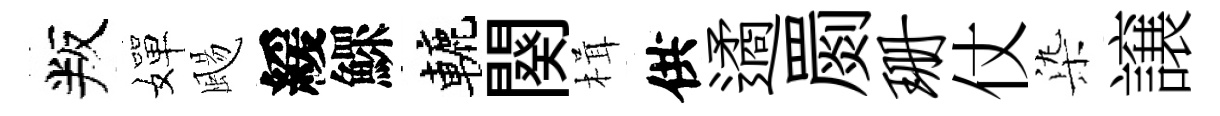
叛嬋颺緩鰥轆闋楫供遹罽珊仗𣑱譲